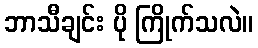
ဘာသီချင်း ပို ကြိုက်သလဲ။